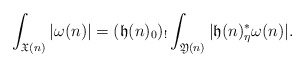
\begin{align*}\int_{\mathfrak X(n)}|\omega(n)|=(\mathfrak h(n)_0)_!\int_{\mathfrak Y(n)}|\mathfrak h(n)_{\eta}^*\omega(n)|.\end{align*}